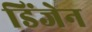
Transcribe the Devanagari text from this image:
डिंजेन